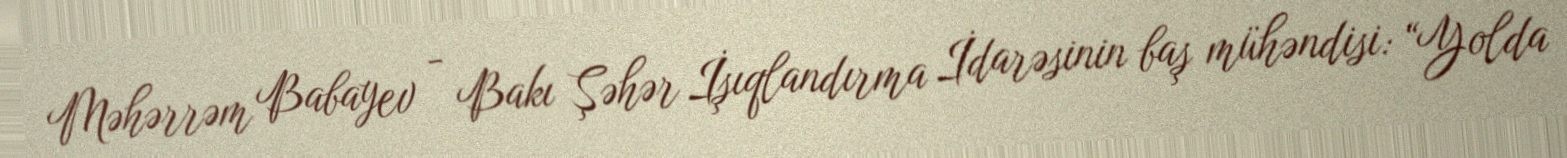
Məhərrəm Babayev - Bakı Şəhər İşıqlandırma İdarəsinin baş mühəndisi: “Yolda